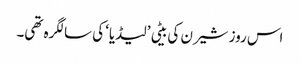
اس روز شیرن کی بیٹی ’لیڈیا‘ کی سالگرہ تھی۔